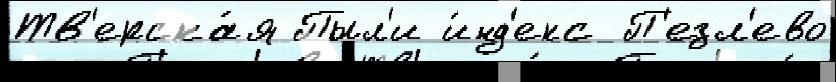
Тв'ерска́я Пыл'и и́нд'екс П'езл'ево